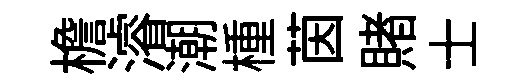
檐濬潮㮔茵賭士